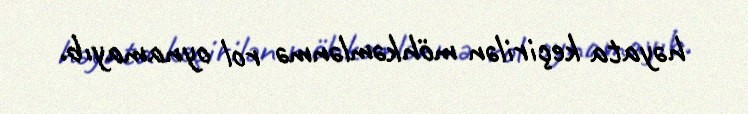
həyata keçirilən möhkəmlənmə rol oynamayıb.